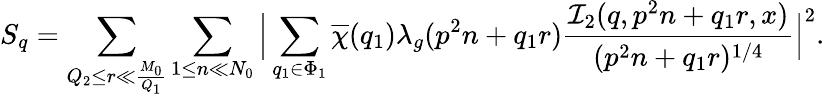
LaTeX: S_{q}=\sum_{Q_{2}\leq r\ll\frac{M_{0}}{Q_{1}}}\sum_{1\leq n\ll N_{0}}\Big|\sum_{q_{1}\in\Phi_{1}}\overline{{\chi}}(q_{1})\lambda_{g}(p^{2}n+q_{1}r)\frac{\mathcal{I}_{2}(q,p^{2}n+q_{1}r,x)}{(p^{2}n+q_{1}r)^{1/4}}\Big|^{2}.